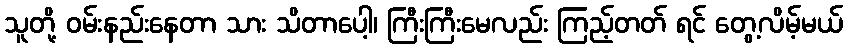
သူတို့ ဝမ်းနည်းနေတာ သား သိတာပေါ့၊ ကြီးကြီးမေလည်း ကြည့်တတ် ရင် တွေ့လိမ့်မယ်